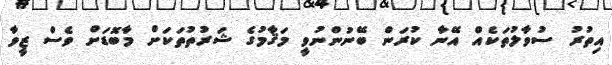
އިތުރު ސުވާލުތަކެއް އޭނާ ކުރަން ބޭނުންނުވީ މަޤާމުގެ ޝަރުތުތަކަށް މާބޮޑަށް ވެސް ޒީވާ